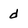
Character: d